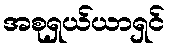
အစုရှယ်ယာရှင်